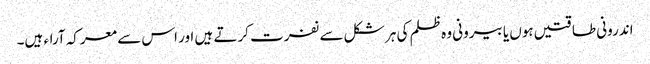
اندرونی طاقتیں ہوں یا بیرونی وہ ظلم کی ہر شکل سے نفرت کرتے ہیں اور اس سے معرکہ آراء ہیں۔